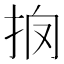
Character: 𢪼